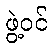
ဖွဲ့ဝင်